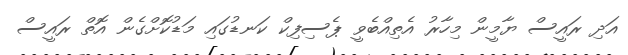
އަދި ރައީސް ޔާމީން މިހާރު އެތިއްބެވީ ޕެސިފިކް ކަނޑުގައި މަޑުކޮށްގެން އޮތް ރައީސް